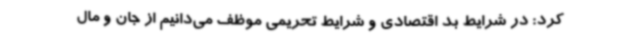
کرد: در شرایط بد اقتصادی و شرایط تحریمی موظف می‌دانیم از جان و مال